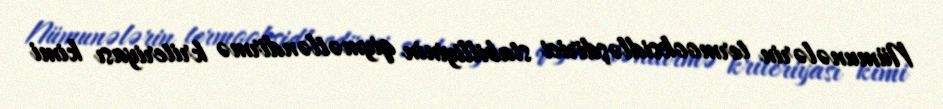
Nümunələrin termooksidləşdirici stabilliyinin qiymətləndirmə kriteriyası kimi